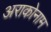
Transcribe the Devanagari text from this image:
अराकोनाम